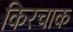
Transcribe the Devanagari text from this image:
किरचाक